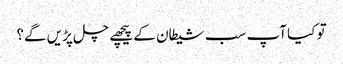
تو کیا آپ سب شیطان کے پیچھے چل پڑیں گے؟